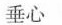
垂心